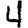
Digit: 4